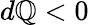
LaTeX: d\mathbb{Q}<0